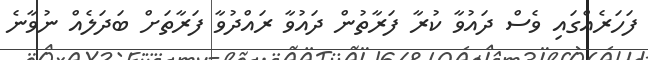
ފަހަރެއްގައި ވެސް ދައުވާ ކުރާ ފަރާތުން ދައުވާ ރައްދުވާ ފަރާތަށް ބަދަލެއް ނުވާނެ